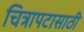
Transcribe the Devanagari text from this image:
चित्रापटासाठी